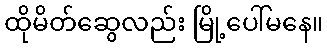
ထိုမိတ်ဆွေလည်း မြို့ပေါ်မနေ။